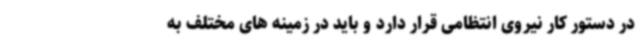
در دستور کار نیروی انتظامی قرار دارد و باید در زمینه های مختلف به